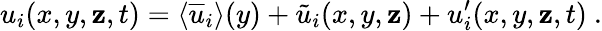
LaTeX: u_{i}(x,y,\mathbf{z},t)=\textlangle\overline{{{u}}}_{i}\textrangle(y)+\tilde{{u}}_{i}(x,y,\mathbf{z})+u_{i}^{\prime}(x,y,\mathbf{z},t)~.